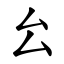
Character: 㕕